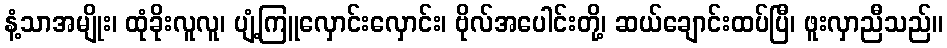
နံ့သာအမျိုး၊ ထုံခိုးလူလူ၊ ပျံ့ကြူလှောင်းလှောင်း၊ ဗိုလ်အပေါင်းတို့၊ ဆယ်ချောင်းထပ်ပြီ၊ ဖူးလှာညီသည်။